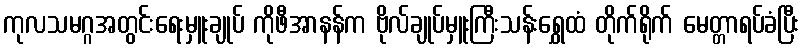
ကုလသမဂ္ဂအတွင်းရေးမှူးချုပ် ကိုဖီအာနန်က ဗိုလ်ချုပ်မှူးကြီးသန်းရွှေထံ တိုက်ရိုက် မေတ္တာရပ်ခံပြီး